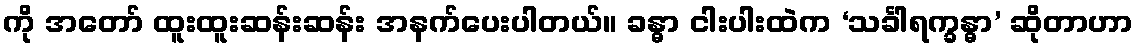
ကို အတော် ထူးထူးဆန်းဆန်း အနက်ပေးပါတယ်။ ခန္ဓာ ငါးပါးထဲက ‘သင်္ခါရက္ခန္ဓာ’ ဆိုတာဟာ